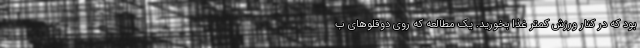
بود که در کنار ورزش کمتر غذا بخورید. یک مطالعه که روی دوقلو‌های ب